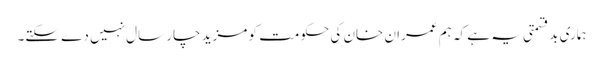
ہماری بدقسمتی یہ ہے کہ ہم عمران خان کی حکومت کو مزید چار سال نہیں دے سکتے۔